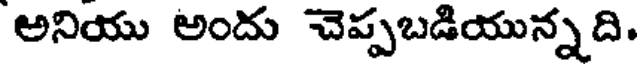
అనియు అందు చెప్పబడియున్నది.